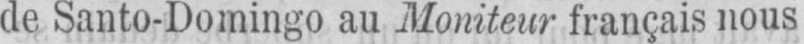
de Santo-Domingo au Moniteur français nous